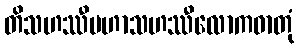
တိသဟဿီမဟာသဟဿီလောကဓာတုံ